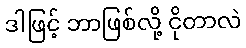
ဒါဖြင့် ဘာဖြစ်လို့ ငိုတာလဲ